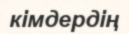
кімдердің